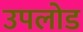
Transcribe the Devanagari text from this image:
उपलोड